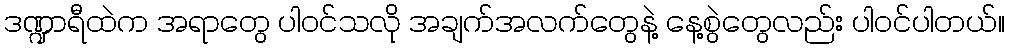
ဒဏ္ဍာရီထဲက အရာတွေ ပါဝင်သလို အချက်အလက်တွေနဲ့ နေ့စွဲတွေလည်း ပါဝင်ပါတယ်။